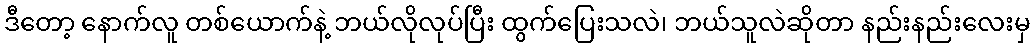
ဒီတော့ နောက်လူ တစ်ယောက်နဲ့ ဘယ်လိုလုပ်ပြီး ထွက်ပြေးသလဲ၊ ဘယ်သူလဲဆိုတာ နည်းနည်းလေးမှ